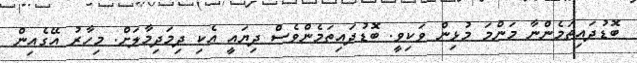
ބޮޑުދައިތަމެންނާ މަންމަ މުޅިން ވަކިވީ. ބޮޑުދައިތަމެންވެސް ދިޔައީ އެކި ދިމަދިމާލަށް. މިހާރު އޭގެއިން